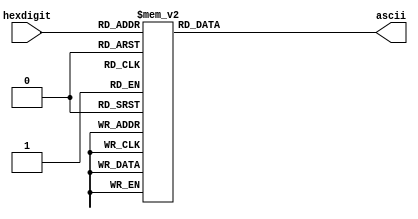
`timescale 1ns / 1ps
//////////////////////////////////////////////////////////////////////////////////
// Company: 
// Engineer: 
// 
// Design Name: 
// Module Name: ascii_to_hexdigit
// Project Name: 
// Target Devices: 
// Tool Versions: 
// Description: 
// 
// Dependencies: 
// 
// Revision:
// Revision 0.01 - File Created
// Additional Comments:
// 
//////////////////////////////////////////////////////////////////////////////////


module hex_to_ascii(
    input [3:0] hexdigit,
    output reg [7:0] ascii
    );
    always@(*) begin
    case(hexdigit)
        0: ascii=8'h30;
        1: ascii=8'h31;
        2: ascii=8'h32;
        3: ascii=8'h33;
        4: ascii=8'h34;
        5: ascii=8'h35;
        6: ascii=8'h36;
        7: ascii=8'h37;
        8: ascii=8'h38;
        9: ascii=8'h39;
        10: ascii=8'h61;
        11: ascii=8'h62;
        12: ascii=8'h63;
        13: ascii=8'h64;
        14: ascii=8'h65;
        15: ascii=8'h66;
        default : ascii=0;
        
    endcase end
endmodule